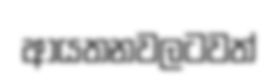
ආයතනවලටවත්